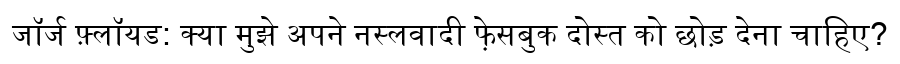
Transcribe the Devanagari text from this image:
जॉर्ज फ़्लॉयड: क्या मुझे अपने नस्लवादी फे़सबुक दोस्त को छोड़ देना चाहिए?